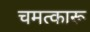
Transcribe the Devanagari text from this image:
चमत्कारू